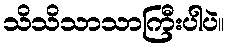
သိသိသာသာကြီးပါပဲ။